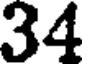
34